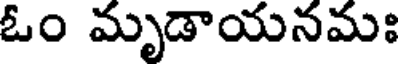
ఓం మృడాయనమః